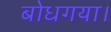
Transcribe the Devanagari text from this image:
बोधगया।